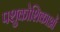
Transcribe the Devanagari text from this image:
पशुकोशिकाओं